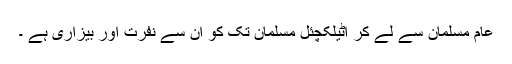
عام مسلمان سے لے کر اٹیلکچئل مسلمان تک کو ان سے نفرت اور بیزاری ہے ۔